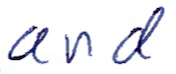
Text: and
Cross-out: clean
Writing tool: ballpoint